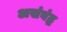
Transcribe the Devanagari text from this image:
असंबंद्ध